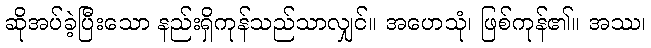
ဆိုအပ်ခဲ့ပြီးသော နည်းရှိကုန်သည်သာလျှင်။ အဟေသုံ၊ ဖြစ်ကုန်၏။ အဿ၊